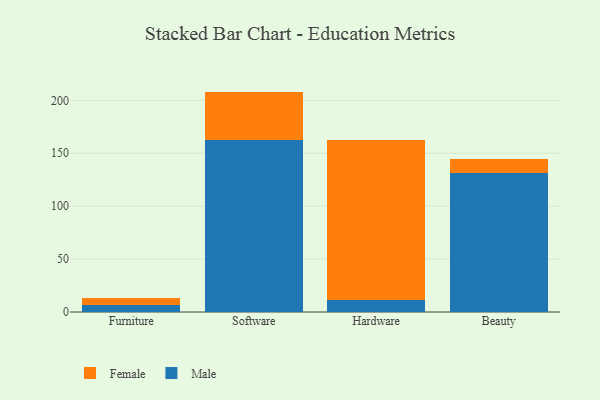
{"axis": {"x": "Category", "y": "Conversion Rate (%)"}, "legend": ["Female", "Male"], "data": [{"x": "Furniture", "y": 7.0, "type": "Male"}, {"x": "Furniture", "y": 6.0, "type": "Female"}, {"x": "Software", "y": 162.7, "type": "Male"}, {"x": "Software", "y": 45.6, "type": "Female"}, {"x": "Hardware", "y": 11.3, "type": "Male"}, {"x": "Hardware", "y": 151.2, "type": "Female"}, {"x": "Beauty", "y": 131.0, "type": "Male"}, {"x": "Beauty", "y": 13.2, "type": "Female"}]}